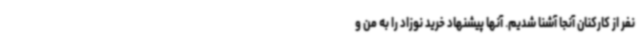
نفر از کارکنان آنجا آشنا شدیم. آنها پیشنهاد خرید نوزاد را به من و